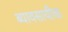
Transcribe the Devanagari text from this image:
ब्यावसायीक